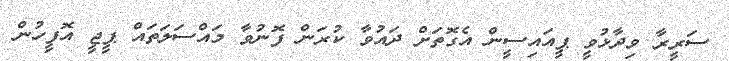
ސަރީރާ ވިދާޅުވީ ޕީއައިސީން އެގޮތަށް ދައުވާ ކުރަން ފޮނުވާ މައްސަލަތައް ޕީޖީ އޮފީހުން